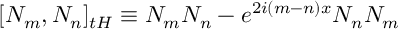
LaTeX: \lbrack N _ { m } , N _ { n } ] _ { t H } \equiv N _ { m } N _ { n } - e ^ { 2 i ( m - n ) x } N _ { n } N _ { m }